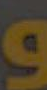
و